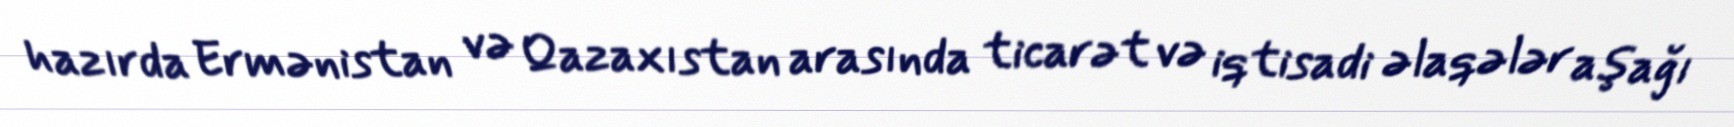
hazırda Ermənistan və Qazaxıstan arasında ticarət və iqtisadi əlaqələr aşağı